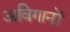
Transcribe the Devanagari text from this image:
अविगानों